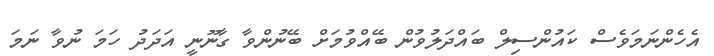
އެހެންނަމަވެސް ކައުންސިލް ބައްދަލުވުން ބޭއްވުމަށް ބޭނުންވާ ގާނޫނީ އަދަދު ހަމަ ނުވާ ނަމަ